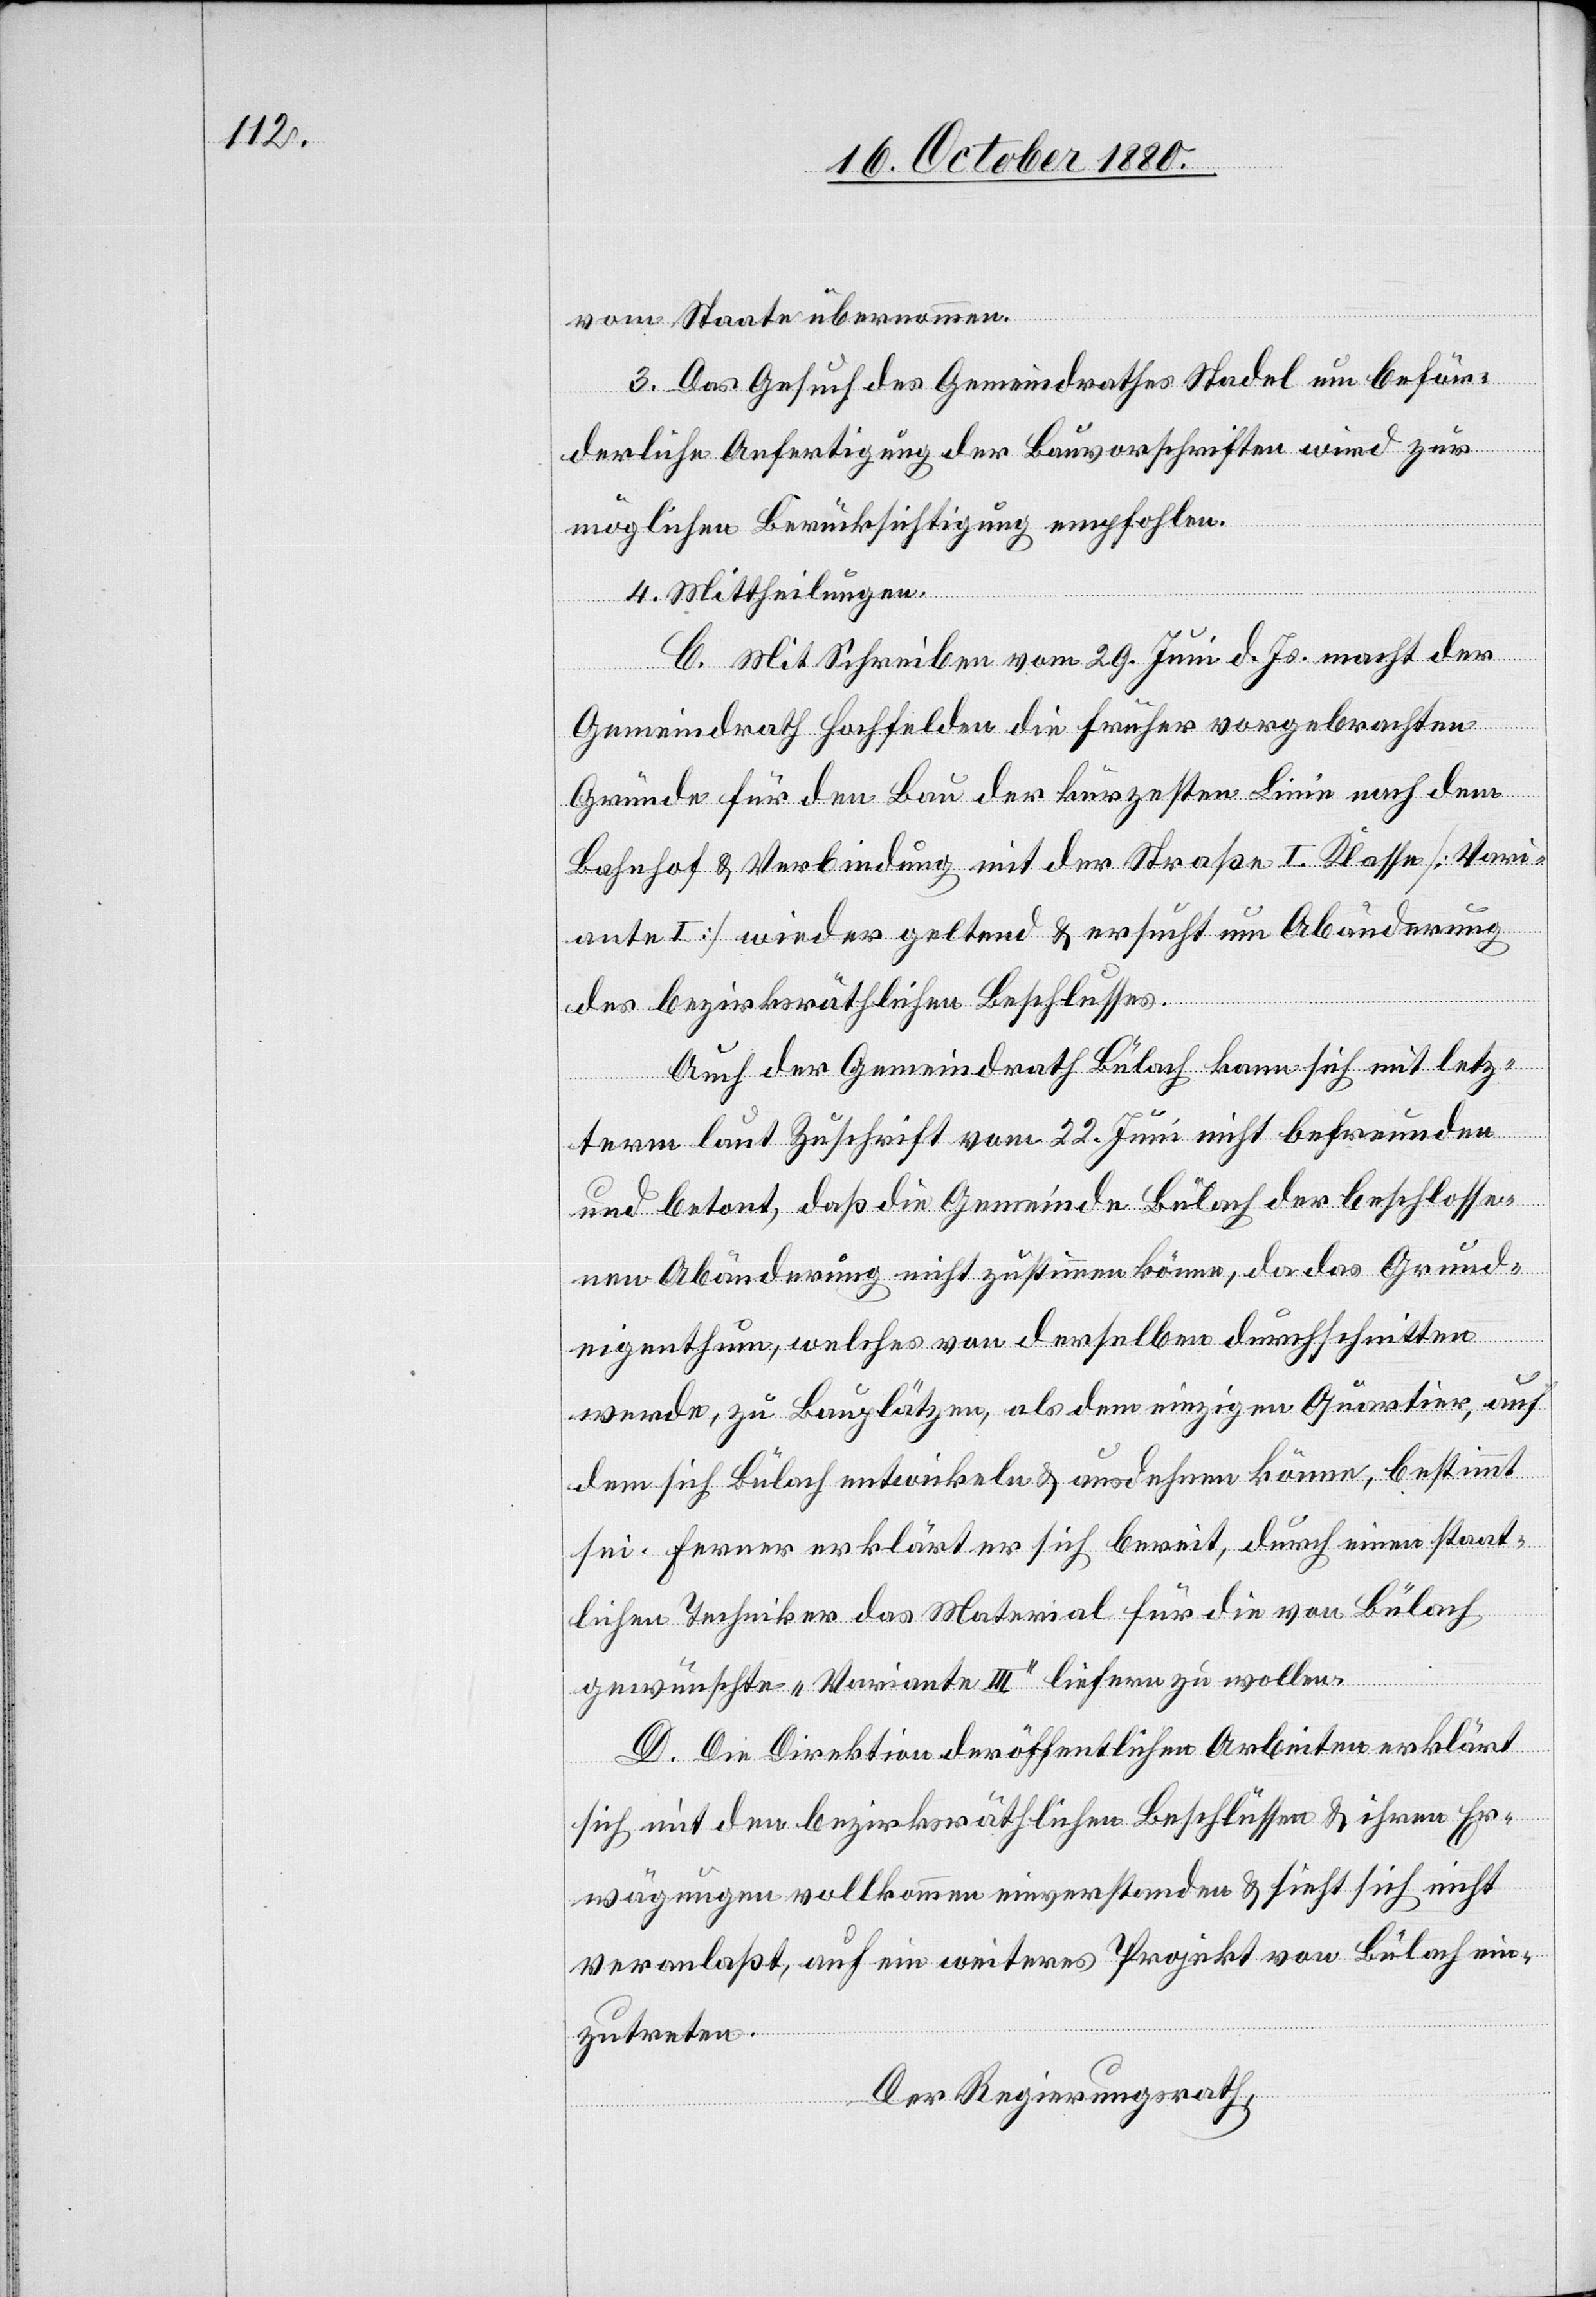
vom Staate übernommen.
3. Das Gesuch des Gemeindrathes Stadel um beför¬
derliche Anfertigung der Bauvorschriften wird zur
möglichen Berücksichtigung empfohlen.
4. Mittheilungen.
C. Mit Schreiben vom 29. Juni d. Js. macht der
Gemeindrath Hochfelden die früher vorgebrachten
Gründe für den Bau der kürzesten Linie nach dem
Bahnhof & Verbindung mit der Straße I. Klasse [Vari¬
ante I] wieder geltend & ersucht um Abänderung
des bezirksräthlichen Beschlusses.
Auch der Gemeindrath Bülach kann sich mit letz¬
term laut Zuschrift vom 22. Juni nicht befreunden
und betont, daß die Gemeinde Bülach der beschlosse¬
nen Abänderung nicht zustimmen könne, da das Grund¬
eigenthum, welches von derselben durchschnitten
werde, zu Bauplätzen, als dem einzigen Quartier, auf
dem sich Bülach entwickeln & ausdehnen könne, bestimmt
sei. Ferner erklärt er sich bereit, durch einen staat¬
lichen Techniker das Material für die von Bülach
gewünschte „Variante III“ liefern zu wollen.
D. Die Direktion der öffentlichen Arbeiten erklärt
sich mit den bezirksräthlichen Beschlüssen & ihren Er¬
wägungen vollkommen einverstanden & sieht sich nicht
veranlaßt, auf ein weiteres Projekt von Bülach ein¬
zutreten.
Der Regierungsrath,